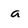
Character: a